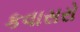
કવાસરો